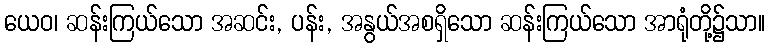
ယေဝ၊ ဆန်းကြယ်သော အဆင်း, ပန်း, အနွယ်အစရှိသော ဆန်းကြယ်သော အာရုံတို့၌သာ။